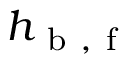
h _ { \mathrm { ~ b ~ , ~ f ~ } }